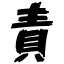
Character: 責